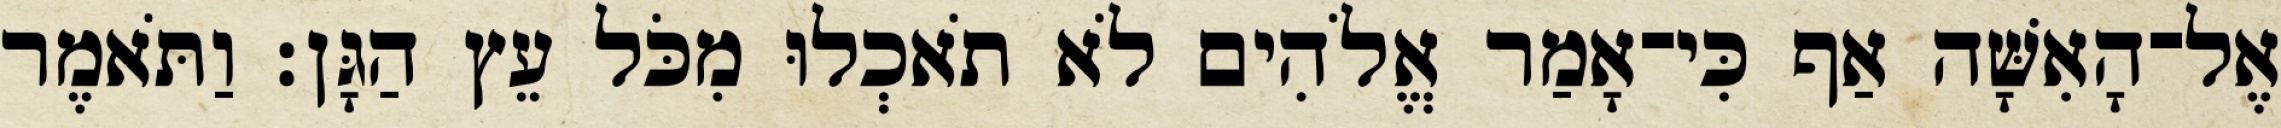
אֶל־הָאִשָּׁה אַף כִּי־אָמַר אֱלֹהִים לֹא תֹאכְלוּ מִכֹּל עֵץ הַגָּן׃ וַתֹּאמֶר